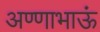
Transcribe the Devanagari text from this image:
अण्णाभाऊं